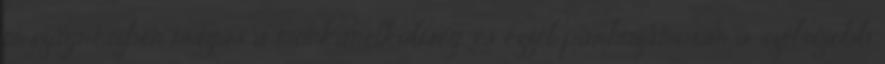
országrészben magas a munkanélküliség, és ezzel párhuzamosan a szélsőjobb